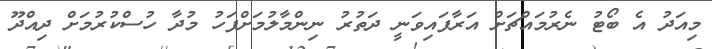
މިއަދު އެ ބޯޓު ނެރުމައްޗަށް އަރާފައިވަނީ ދަތުރު ނިންމާލުމަށްފަހު މުދާ ހުސްކުރުމަށް ދިއްދޫ